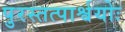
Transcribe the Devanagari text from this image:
पुरस्तत्पार्श्वयोः